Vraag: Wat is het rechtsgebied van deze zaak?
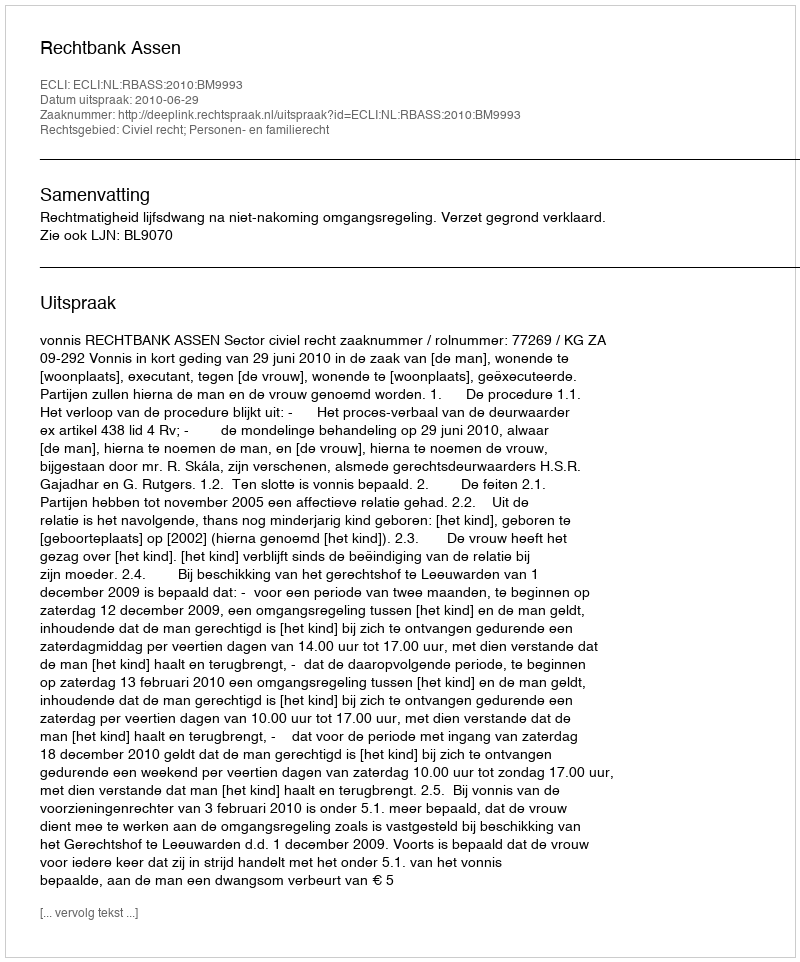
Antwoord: Civiel recht; Personen- en familierecht